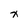
Character: x